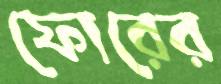
ফোরের